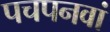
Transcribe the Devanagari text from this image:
पचपनवां